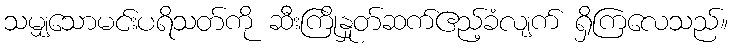
သမျှသောမင်းပရိသတ်ကို ဆီးကြိုနှုတ်ဆက်ဧည့်ခံလျက် ရှိကြလေသည်။